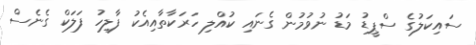
ސައިކަލުގެ ސްޕީޑު މަޑު ނުވުމުން ގެނައި ކުއްލި ހަރަކާތާއިއެކު ފާލިހު ފަލަކް ގެނެސް